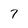
Character: 7